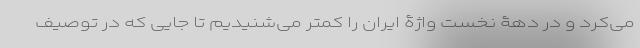
می‌کرد و در دهۀ نخست واژۀ ایران را کمتر می‌شنیدیم تا جایی که در توصیف